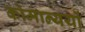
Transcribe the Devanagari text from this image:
कोमान्ययों